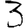
Digit: 3